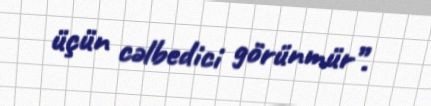
üçün cəlbedici görünmür”.